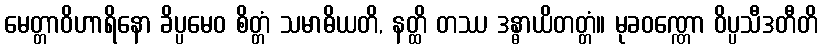
မေတ္တာဝိဟာရိနော ခိပ္ပမေဝ စိတ္တံ သမာဓိယတိ, နတ္ထိ တဿ ဒန္ဓာယိတတ္တံ။ မုခဝဏ္ဏော ဝိပ္ပသီဒတီတိ